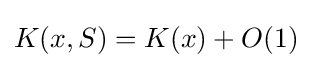
K(x,S)=K(x)+O(1)